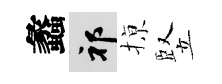
蠡祁𢱊竪